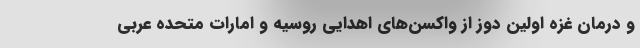
و درمان غزه اولین دوز از واکسن‌های اهدایی روسیه و امارات متحده عربی